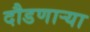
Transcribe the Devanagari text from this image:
दौडणाऱ्या